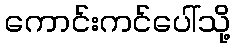
ကောင်းကင်ပေါ်သို့